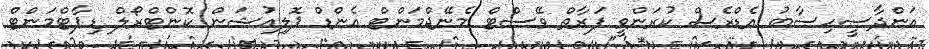
އަންދާސީހިސާބު އެޑްރެސް ކުރަންވީ ފަރާތް ވޭސްޓް މެނޭޖްމަންޓް އެންޑް ޕޮލިއުޝަން ކޮންޓްރޯލް ޑިޕާޓްމަންޓް